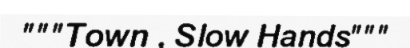
"""Town , Slow Hands"""